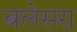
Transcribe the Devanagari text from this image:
बलेसरा